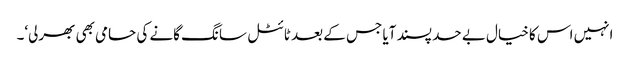
انہیں اس کا خیال بے حد پسند آیا جس کے بعد ٹائٹل سانگ گانے کی حامی بھی بھرلی‘۔